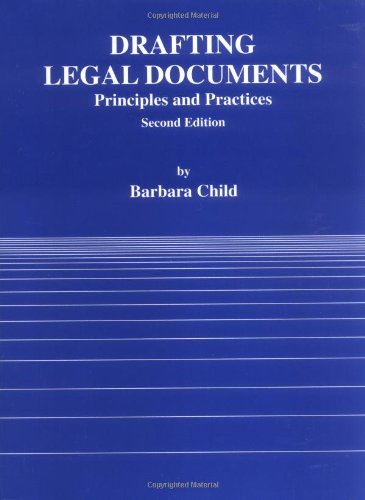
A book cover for Drafting Legal Documents Principles and Practices (American Casebook); Barbara Child; Law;